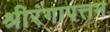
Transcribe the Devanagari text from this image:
श्रीरंगापत्तम